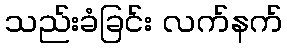
သည်းခံခြင်း လက်နက်